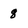
Character: 8